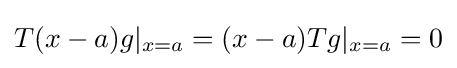
T(x-a)g|_{x=a}=(x-a)Tg|_{x=a}=0